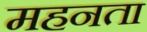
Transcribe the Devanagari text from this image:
महनता